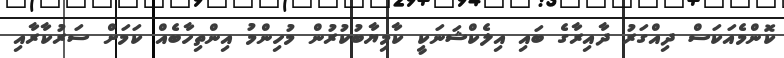
ކޮންމެއަކަސް ދިއްގަރު ދާއިރާގެ ބައި އިލެކްޝަނަކީ ކާމިޔާބުކުރުން މުހިންމު އިންތިހާބެއް ކަމަށް ސަރުކާރާއި